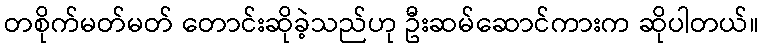
တစိုက်မတ်မတ် တောင်းဆိုခဲ့သည်ဟု ဦးဆမ်ဆောင်ကားက ဆိုပါတယ်။